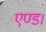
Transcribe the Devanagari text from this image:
एण्ड।